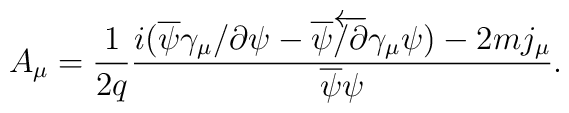
A_{\mu}= \frac {1}{2q} \frac{ i(\overline{\psi} \gamma_{\mu} \slash{\partial} \psi	-  \overline{\psi}\overleftarrow{\slash{\partial}} \gamma_{\mu}\psi) 	-2 m j_\mu} {\overline{\psi}\psi}.